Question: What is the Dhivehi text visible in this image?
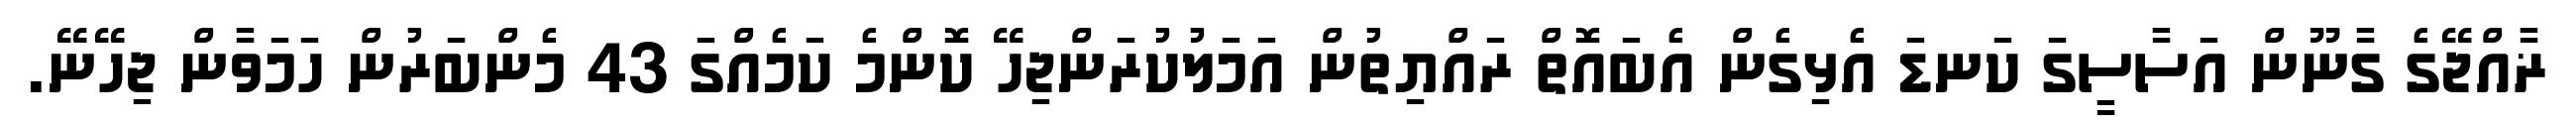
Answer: ޜާއްޖޭގެ ގާނޫން އަސާސީގަ ކަނޑަ އެޅިގެން އެބައޮތް ރައްޔިތުން އަމަލުކުރަންޖިހޭ ކޮންމެ ކަމެއްގަ 43 މެންބަރުން ހަމަވާން ޖިހޭނޭ.